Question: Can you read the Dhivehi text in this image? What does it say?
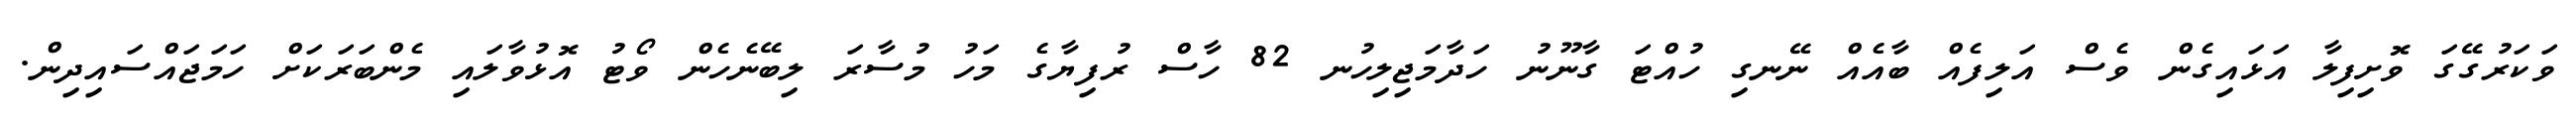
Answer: ވަކަރުގޭގަ ވޮށިފިލާ އަޅައިގެން ވެސް އަލިފެއް ބާއެއް ނޭނގި ހުއްޓަ ގާނޫނު ހަދާމަޖިލިހުނ 82 ހާސް ރުފިޔާގެ މަހު މުސާރަ ލިބޭނެހެން ވޯޓު އޮޅުވާލައި މެންބަރަކަށް ހަމަޖައްސައިދިން.